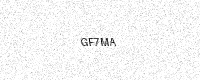
Text: GF7MA